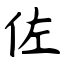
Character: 佐